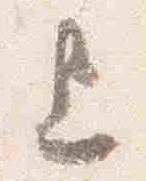
上